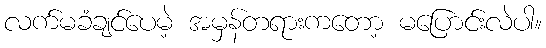
လက်မခံချင်ပေမဲ့ အမှန်တရားကတော့ မပြောင်းလဲပါ။